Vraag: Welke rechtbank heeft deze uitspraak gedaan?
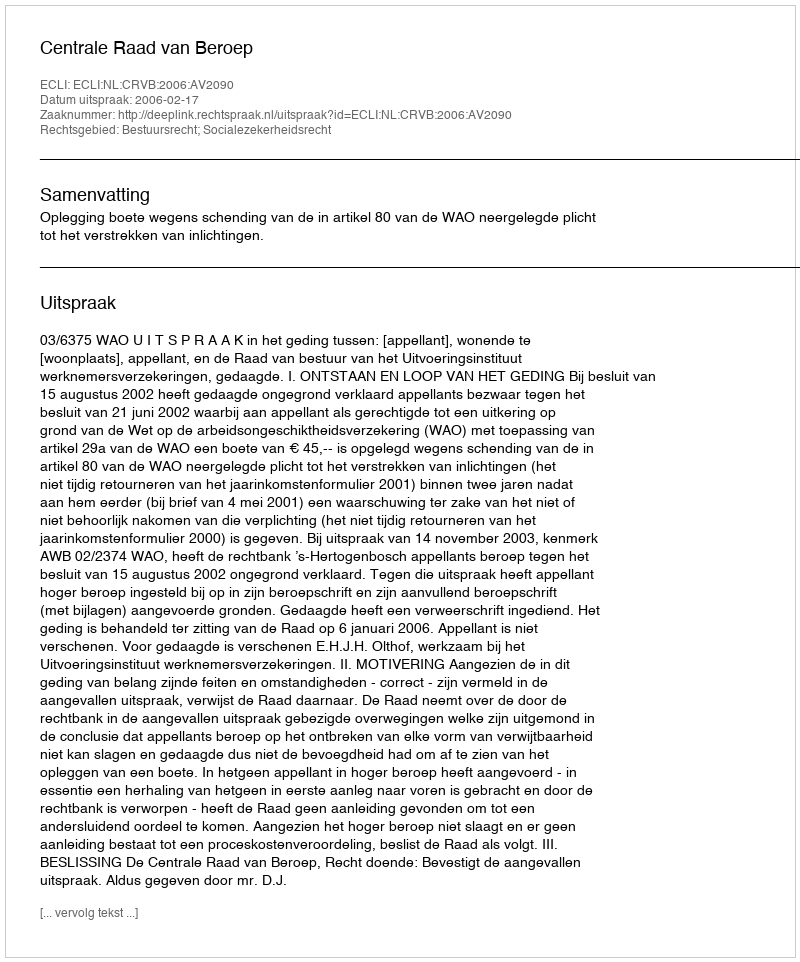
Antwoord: Centrale Raad van Beroep